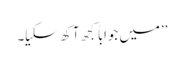
’’میں جواباً کجھ آکھ سکیا۔